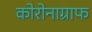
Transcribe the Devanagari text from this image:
कोरोनाग्राफ